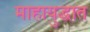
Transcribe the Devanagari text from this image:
माहायुद्धात